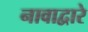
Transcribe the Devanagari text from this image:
नावाद्वारे